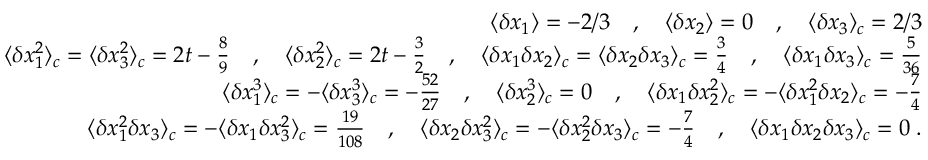
\begin{array} { r l r } & { } & { \langle \delta x _ { 1 } \rangle = - 2 / 3 \quad , \quad \langle \delta x _ { 2 } \rangle = 0 \quad , \quad \langle \delta x _ { 3 } \rangle _ { c } = 2 / 3 } \\ & { } & { \langle \delta x _ { 1 } ^ { 2 } \rangle _ { c } = \langle \delta x _ { 3 } ^ { 2 } \rangle _ { c } = 2 t - \frac { 8 } { 9 } \quad , \quad \langle \delta x _ { 2 } ^ { 2 } \rangle _ { c } = 2 t - \frac { 3 } { 2 } \quad , \quad \langle \delta x _ { 1 } \delta x _ { 2 } \rangle _ { c } = \langle \delta x _ { 2 } \delta x _ { 3 } \rangle _ { c } = \frac { 3 } { 4 } \quad , \quad \langle \delta x _ { 1 } \delta x _ { 3 } \rangle _ { c } = \frac { 5 } { 3 6 } } \\ & { } & { \langle \delta x _ { 1 } ^ { 3 } \rangle _ { c } = - \langle \delta x _ { 3 } ^ { 3 } \rangle _ { c } = - \frac { 5 2 } { 2 7 } \quad , \quad \langle \delta x _ { 2 } ^ { 3 } \rangle _ { c } = 0 \quad , \quad \langle \delta x _ { 1 } \delta x _ { 2 } ^ { 2 } \rangle _ { c } = - \langle \delta x _ { 1 } ^ { 2 } \delta x _ { 2 } \rangle _ { c } = - \frac { 7 } { 4 } } \\ & { } & { \langle \delta x _ { 1 } ^ { 2 } \delta x _ { 3 } \rangle _ { c } = - \langle \delta x _ { 1 } \delta x _ { 3 } ^ { 2 } \rangle _ { c } = \frac { 1 9 } { 1 0 8 } \quad , \quad \langle \delta x _ { 2 } \delta x _ { 3 } ^ { 2 } \rangle _ { c } = - \langle \delta x _ { 2 } ^ { 2 } \delta x _ { 3 } \rangle _ { c } = - \frac { 7 } { 4 } \quad , \quad \langle \delta x _ { 1 } \delta x _ { 2 } \delta x _ { 3 } \rangle _ { c } = 0 \; . } \end{array}